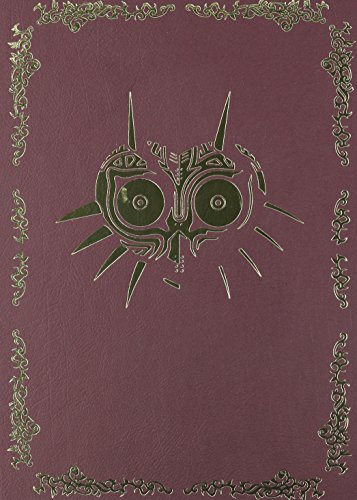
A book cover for The Legend of Zelda: Majora's Mask Collector's Edition (Prima Official Game Guides); Prima Games; Science Fiction & Fantasy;